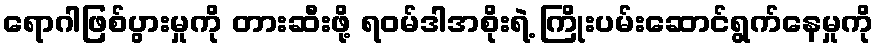
ရောဂါဖြစ်ပွားမှုကို တားဆီးဖို့ ရဝမ်ဒါအစိုးရဲ့ ကြိုးပမ်းဆောင်ရွက်နေမှုကို